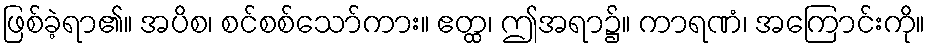
ဖြစ်ခဲ့ရာ၏။ အပိစ၊ စင်စစ်သော်ကား။ ဧတ္ထ၊ ဤအရာ၌။ ကာရဏံ၊ အကြောင်းကို။